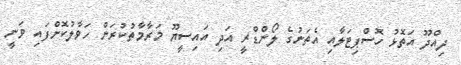
ދިއްދޫ އަތޮޅު ހޮސްޕިޓަލާއި އެތަނުގެ ލޯންޑްރީ އަދި އައިސީޔޫ މަރާމާތުކުރަން ހަވާލުކޮށްފައި ވަނީ